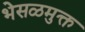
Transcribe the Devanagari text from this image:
भेसळमुक्त